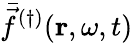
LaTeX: \bar{\vec{f}}^{(\dagger)}(\mathbf{r},\omega,t)